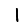
Digit: 1